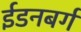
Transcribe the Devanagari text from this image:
ईडनबर्ग